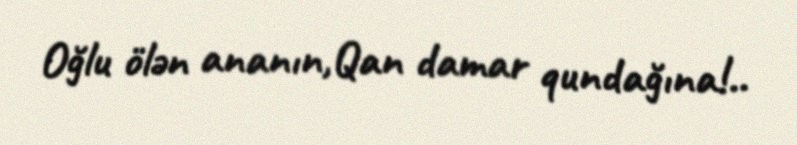
Oğlu ölən ananın,Qan damar qundağına!..